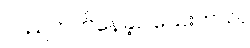
လည်တတ်နေခဲ့ပါသေးတယ်။